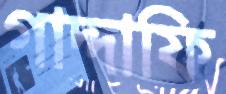
গাদ্দাফি